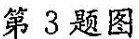
第3题图